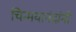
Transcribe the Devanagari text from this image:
चिन्मयानंदांनी